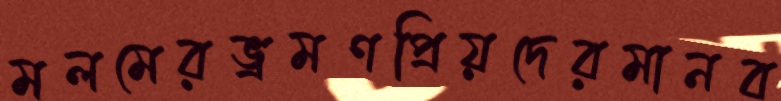
মলমেরভ্রমণপ্রিয়দেরমানব